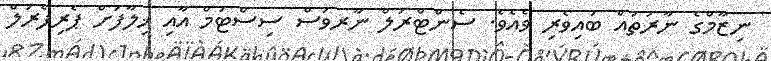
ނިޒާމްގެ ނާރުތައް ބައިވެރި ވެއެވެ. ސެންޓްރަލް ނާރވަސް ސިސްޓަމް އާއި ޚިލާފަށް ޕެރިފެރަލް